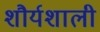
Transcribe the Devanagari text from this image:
शौर्यशाली